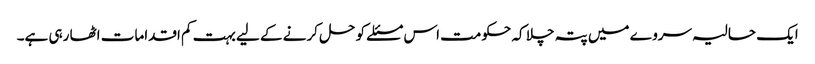
ایک حالیہ سروے میں پتہ چلا کہ حکومت اس مسئلے کو حل کرنے کے لیے بہت کم اقدامات اٹھا رہی ہے۔